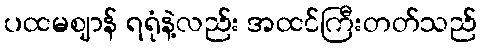
ပထမဈာန် ရရုံနဲ့လည်း အထင်ကြီးတတ်သည်